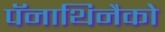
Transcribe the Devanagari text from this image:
पॅनाथिनैको